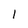
Character: 1